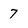
Character: 7